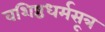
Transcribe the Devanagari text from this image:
वशिष्ठधर्मसूत्र